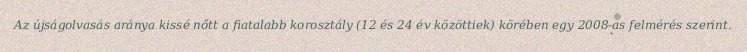
Az újságolvasás aránya kissé nőtt a fiatalabb korosztály (12 és 24 év közöttiek) körében egy 2008-as felmérés szerint.